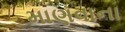
માણવાના